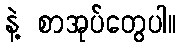
နဲ့ စာအုပ်တွေပါ။